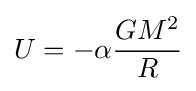
U=-\alpha {\frac {GM^{2}}{R}}